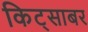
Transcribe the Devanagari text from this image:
किट्साबर